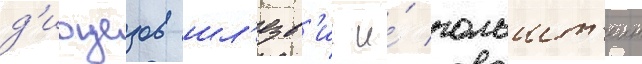
д'иоцезов шл'езв'иг и́ гольшт'еин